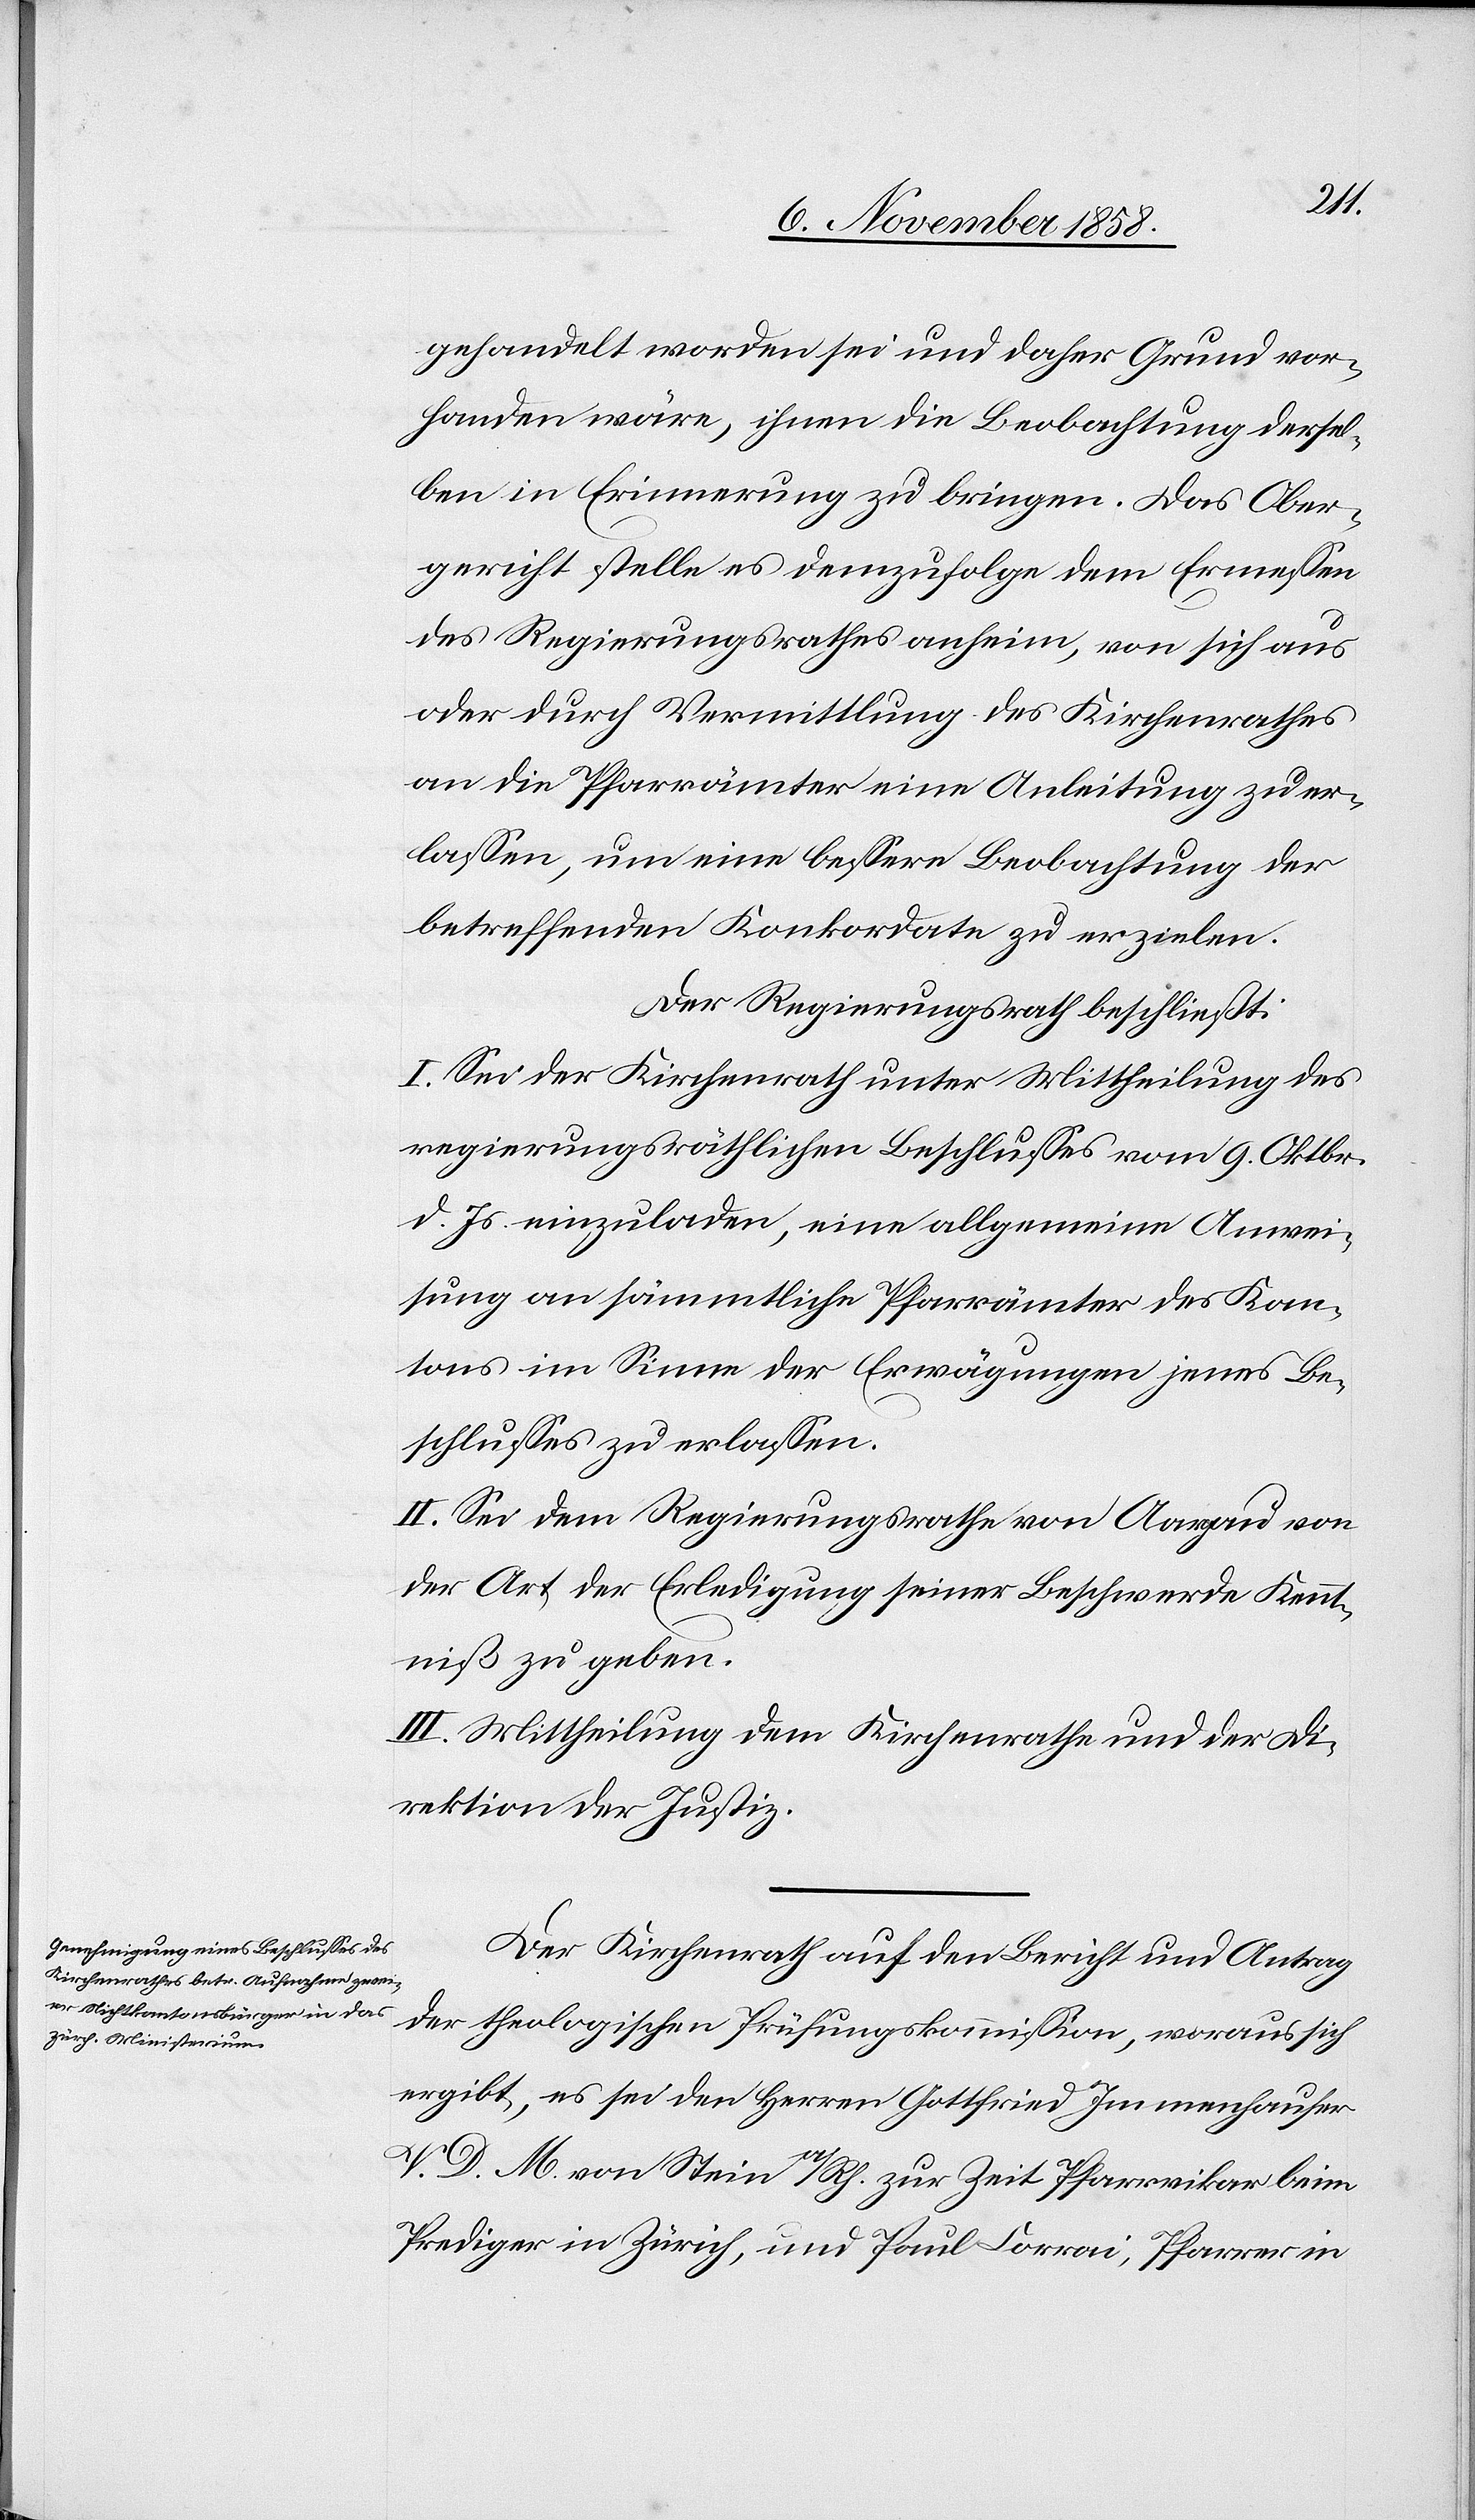
gehandelt worden sei und daher Grund vor¬
handen wäre, ihnen die Beobachtung dersel¬
ben in Erinnerung zu bringen. Das Ober¬
gericht stelle es demzufolge dem Ermessen
des Regierungsrathes anheim, von sich aus
oder durch Vermittlung des Kirchenrathes
an die Pfarrämter eine Anleitung zu er¬
lassen, um eine bessere Beobachtung der
betreffenden Konkordate zu erzielen.
Der Regierungsrath beschließt:
I. Sei der Kirchenrath unter Mittheilung des
regierungsräthlichen Beschlusses vom 9. Oktbr.
d. Js. einzuladen, eine allgemeine Anwei¬
sung an sämmtliche Pfarrämter des Kan¬
tons im Sinne der Erwägungen jenes Be¬
schlusses zu erlassen.
II. Sei dem Regierungsrathe von Aargau von
der Art der Erledigung seiner Beschwerde Kennt¬
niß zu geben.
III. Mittheilung dem Kirchenrathe und der Di¬
rektion der Justiz.
Der Kirchenrath auf den Bericht und Antrag
der theologischen Prüfungskommission, woraus sich
ergibt, es sei den Herren Gottfried Immenhauser
V. D. M. von Stein a/Rh. zur Zeit Pfarrvikar beim
Prediger in Zürich, und Paul Corrai, Pfarrer in